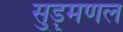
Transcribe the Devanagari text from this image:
सुड़ुमणल